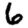
Digit: 6